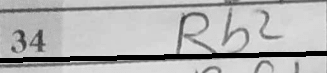
Transcription: Rb2